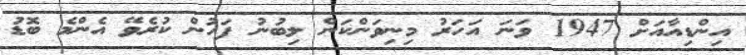
އިންޑިއާއަށް 1947 ވަނަ އަހަރު މިނިވަންކަން ލިބުނު ފަހުން ކުރެވޭ އެންމެ ބޮޑު